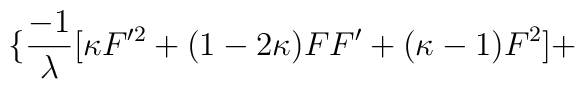
\{\frac{-1}{\lambda }[\kappa F'^{2}+(1-2\kappa )FF'+(\kappa -1)F^{2}]+